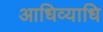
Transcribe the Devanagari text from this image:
आधिव्याधि